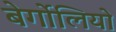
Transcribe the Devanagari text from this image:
बेर्गोलियो